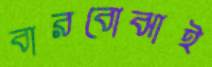
বারবোঝাই